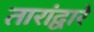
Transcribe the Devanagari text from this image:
तारांद्वारे